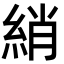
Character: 綃